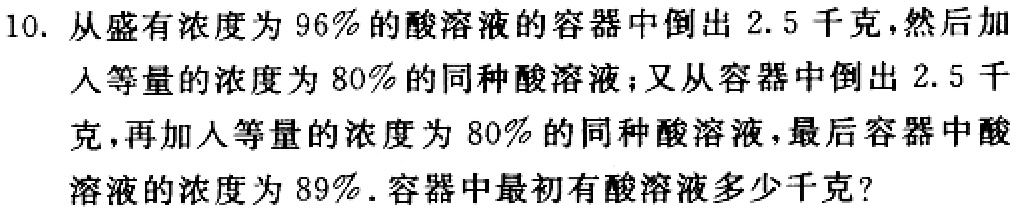
10. 从盛有浓度为$96\%$的酸溶液的容器中倒出$2.5$千克，然后加入等量的浓度为$80\%$的同种酸溶液；又从容器中倒出$2.5$千克，再加入等量的浓度为$80\%$的同种酸溶液，最后容器中酸溶液的浓度为$89\%$. 容器中最初有酸溶液多少千克？